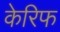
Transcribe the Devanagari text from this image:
केरिफ